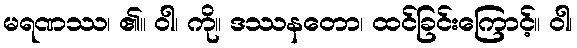
မရဏဿ၊ ၏။ ဝါ၊ ကို။ ဒဿနတော၊ ထင်ခြင်းကြောင့်။ ဝါ၊